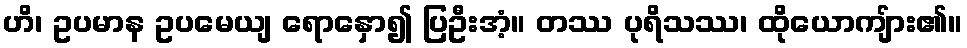
ဟိ၊ ဥပမာန ဥပမေယျ ရောနှော၍ ပြဦးအံ့။ တဿ ပုရိသဿ၊ ထိုယောကျ်ား၏။